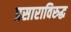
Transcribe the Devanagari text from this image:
प्रसाराविरुद्ध